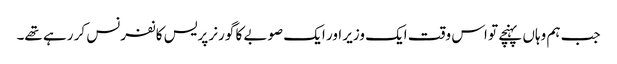
جب ہم وہاں پہنچے تو اس وقت ایک وزیر اور ایک صوبے کا گورنر پریس کانفرنس کر رہے تھے۔